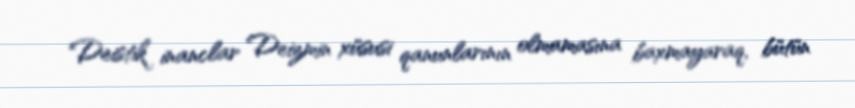
Deistik inanclar Deizmin xüsusi qanunlarının olmamasına baxmayaraq, bütün